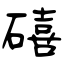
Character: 礂